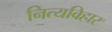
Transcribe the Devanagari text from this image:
नित्यविहार